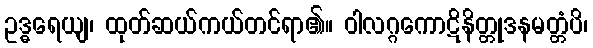
ဥဒ္ဓရေယျ၊ ထုတ်ဆယ်ကယ်တင်ရာ၏။ ဝါလဂ္ဂကောဋိနိတ္တုဒနမတ္တံပိ၊